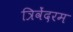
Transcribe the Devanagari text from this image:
त्रिवेंदरम